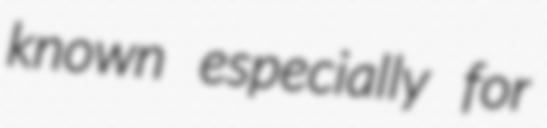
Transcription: known especially for